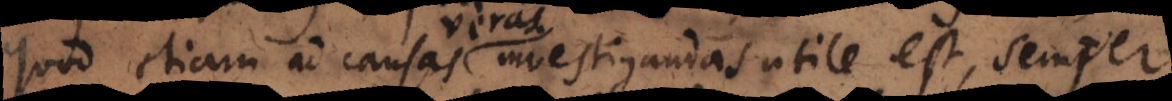
Quod etiam ad causas investigandas utile est, semper